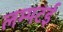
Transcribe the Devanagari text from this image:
लम्पटई